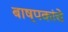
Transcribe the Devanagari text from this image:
बाष्पकांचे